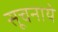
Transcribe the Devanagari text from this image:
सूचनाये